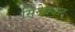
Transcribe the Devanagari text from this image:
सिनेक्वेस्ट